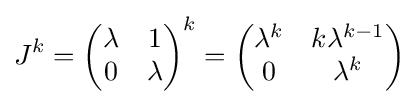
J^{k}={\begin{pmatrix}\lambda &1\\0&\lambda \end{pmatrix}}^{k}={\begin{pmatrix}\lambda ^{k}&k\lambda ^{k-1}\\0&\lambda ^{k}\end{pmatrix}}